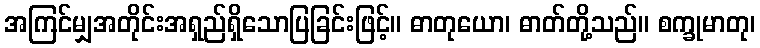
အကြင်မျှအတိုင်းအရှည်ရှိသောပြခြင်းဖြင့်။ ဓာတုယော၊ ဓာတ်တို့သည်။ စက္ခုမာတု၊